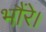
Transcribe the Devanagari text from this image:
भौंरे।